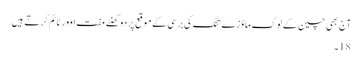
آج بھی چین کے لوگ ماؤزے تنگ کی برسی کے موقع پر دو گھنٹے مفت اوور ٹائم کرتے ہیں
18۔